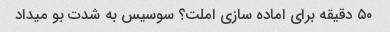
۵۰ دقیقه برای اماده سازی املت؟ سوسیس به شدت بو میداد